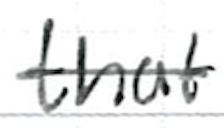
Text: that
Cross-out: single-line
Writing tool: ballpoint